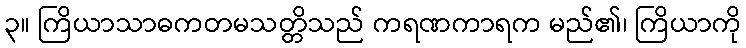
၃။ ကြိယာသာဓကတမသတ္တိသည် ကရဏကာရက မည်၏၊ ကြိယာကို